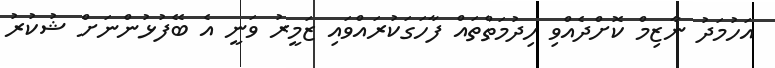
އަހުމަދު ނާޒިމް ކޮށްދެއްވި ހިދުމަތްތައް ފާހަގަކުރައްވައި ޒަމީރު ވަނީ އެ ބޭފުޅުންނަށް ޝުކުރު